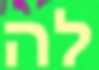
לה